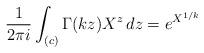
LaTeX: \begin{align*}\frac{1}{2\pi i}\int_{(c)} \Gamma(k z) X^{z} \, dz = e^{X^{1/k}}\end{align*}